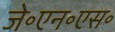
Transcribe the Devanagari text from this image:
जे॰एन॰एस॰